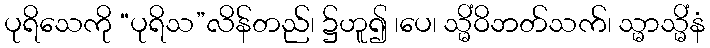
ပုရိသေကို “ပုရိသ”လိန်တည်၊ ၌ဟူ၍ ၊ပေ၊ သ္မိံဝိဘတ်သက်၊ သ္မာသ္မိံနံ